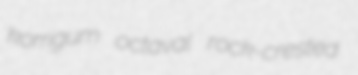
korrigum octaval rock-crested